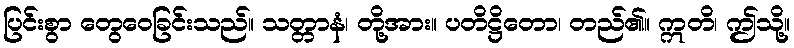
ပြင်းစွာ တွေဝေခြင်းသည်။ သတ္တာနံ၊ တို့အား။ ပတိဋ္ဌိတော၊ တည်၏။ ဣတိ၊ ဤသို့။